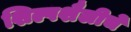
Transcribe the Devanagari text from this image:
शिल्पशैलीचे